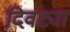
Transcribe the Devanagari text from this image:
दिवट्या